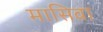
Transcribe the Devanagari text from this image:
मासिवा